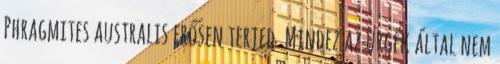
Phragmites australis erősen terjed. Mindez az ürgék által nem